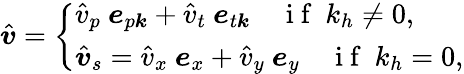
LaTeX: \hat{\boldsymbol{v}}=\left\{ \begin{array}{ll}{\hat{v}_{p}~\boldsymbol{e}_{p\boldsymbol{k}}+\hat{v}_{t}~\boldsymbol{e}_{t\boldsymbol{k}}~~~~\mathrm{~i~f~}~k_{h}\neq 0,}\\ {\hat{\boldsymbol{v}}_{s}=\hat{v}_{x}~\boldsymbol{e}_{x}+\hat{v}_{y}~\boldsymbol{e}_{y}~~~~\mathrm{~i~f~}~k_{h}=0,}\end{array}\right.